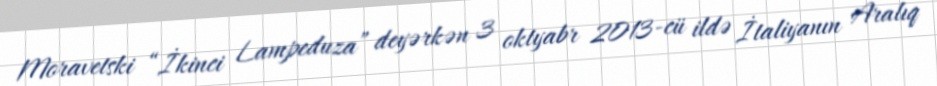
Moravetski “İkinci Lampeduza” deyərkən 3 oktyabr 2013-cü ildə İtaliyanın Aralıq